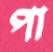
পা